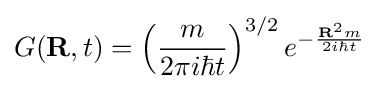
G(\mathbf {R} ,t)=\left({\frac {m}{2\pi i\hbar t}}\right)^{3/2}e^{-{\frac {\mathbf {R} ^{2}m}{2i\hbar t}}}